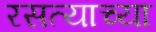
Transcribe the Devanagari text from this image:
रसत्याच्या